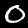
Label: 0